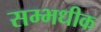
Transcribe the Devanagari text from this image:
सम्भधीक